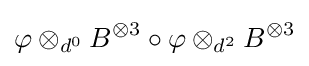
\varphi \otimes _{d^{0}}B^{\otimes 3}\circ \varphi \otimes _{d^{2}}B^{\otimes 3}